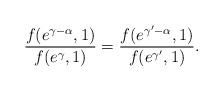
LaTeX: \begin{align*}\frac{f(e^{\gamma-\alpha},1)}{f(e^{\gamma},1)}=\frac{f(e^{\gamma^{\prime}-\alpha},1)}{f(e^{\gamma^{\prime}},1)}.\end{align*}